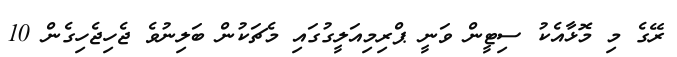
ރޭގެ މި މޮޅާއެކު ސިޓީން ވަނީ ޕްރިމިއަލީގުގައި މެޗަކުން ބަލިނުވެ ޖެހިޖެހިގެން 10